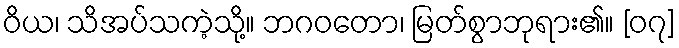
ဝိယ၊ သိအပ်သကဲ့သို့။ ဘဂဝတော၊ မြတ်စွာဘုရား၏။ [၀၇]